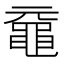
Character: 黿